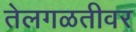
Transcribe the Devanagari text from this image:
तेलगळतीवर